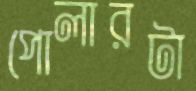
পোলারটা